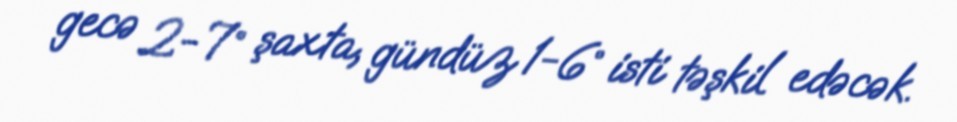
gecə 2-7° şaxta, gündüz 1-6° isti təşkil edəcək.